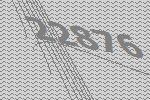
22876